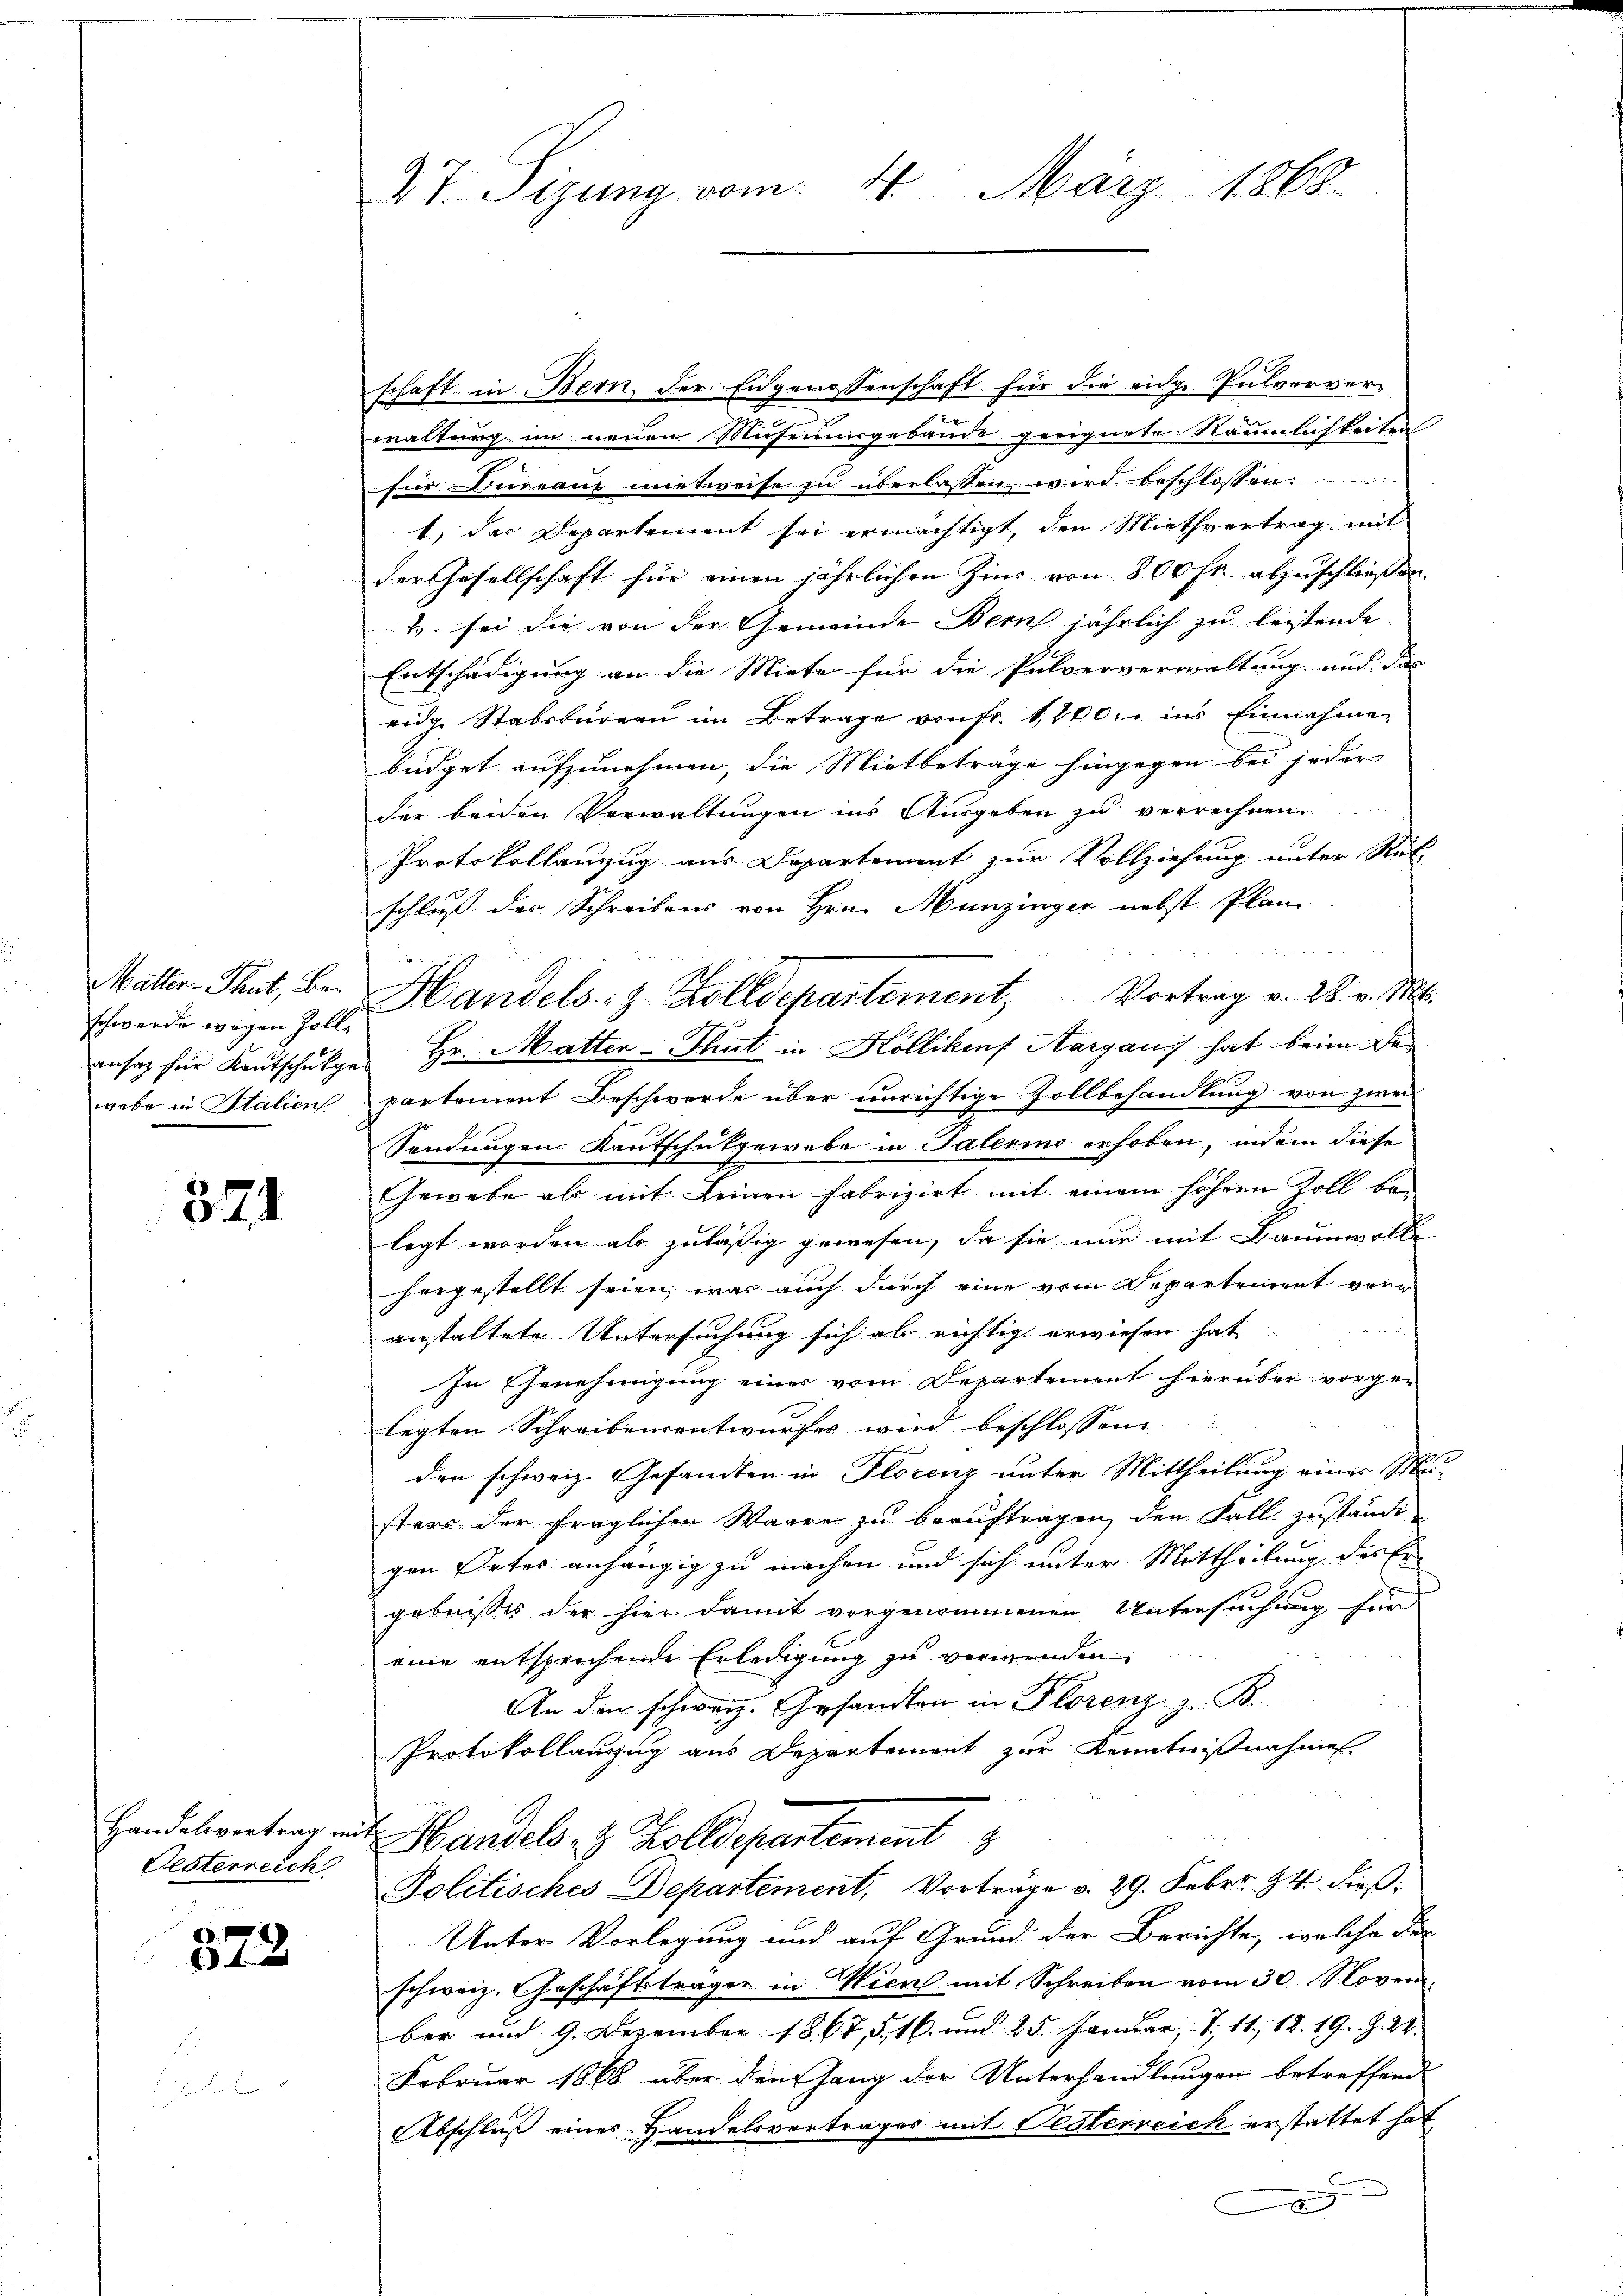
Matter-Thut, Beschwerde wegen Zollansaz für Kantschukgewebe in Statien

524

Handelsvertrag mit
Oesterreich

372

27. Sizung vom 4. März 1868.

schaft in Bern, der Eidgenossenschaft für die eidge Pulvorvere
waltung im neuen Museumsgebäude geeignete Räumlichkeiten
für Herauf mietweise zu überlassen wird beschlossen:
1.) Das Departement sei ermächtigt, den Miethvertrag mit
der Gesellschaft für einen jährlichen Zins von 800 Fr. abzuschließen.
u. sei die von der Gemeinde Bern jährlich zu leistende
Entschädigung an die Miete für die Pulververwaltung und die
eidg. Stabsbureau im Betrage von fr. 1200. ins Einnahmen
büdget aufzunehmen, die Mietbeträge hingegen bei jeder |
der beiden Verwaltungen ins Ausgeben zu verrechnen
Protokollanzug aus Departement zur Vollziehung unter Ret
schluß der Schreibens von Hrn. Munzinger nebst Plan
1
Handels- & Zolldepartement, Vortrag v. 28. v. Mts.
Hr. Matten-Thut in Köllikenf Aargauis hat beim Departement Beschwerde über unrichtige Zollbehandlung von zwei
Sendungen Kantschutgewebe in Talerino erhoben, indem diese
Gewebe als mit keinen fabrizirt mit einem höhern Zoll be-
legt worden als zuläßig gewesen, da sie nur mit Baumwolle.
horgestellt seien, was auch durch eine vom Departement vor
anstaltete Untersuchung sich als richtig erwiesen hat
In Genehmigung einer vom Departement hierüber vorgelegten Schreibensentwurfes wird beschlossene
den schweiz. Gesandten in Florenz unter Mittheilung einer Musters der fraglichen Waare zu beauftragen, den Fall zustände
gen Ortes anhängig zu machen und sich unter Mittheilung des Er
gebnisses der hier damit vorgenommenen Untersuchung für
eine entsprechende Erledigung zu verwenden.
An den schweiz. Gesandten in Florenz z. B.
Protokollanzug aus Departement zur Kenntnißnahmen
Handels- & Zolldepartement 8
Politisches Departement, Vorträge v. 29. Febrr. 94 dieß¬
Unter Vorlegung und auf Grund der Berichte, welche der
schweiz. Geschäftsträger in Wien mit Schreiben vom 30. Novem
ber und 9. Dezember 1867, 516 und 25. Januar d. 11, 12. 19. Z. 22.
Februar 1868 über dem Gang der Unterhandlungen betreffend
Abschluß eines Handelsvertrages mit Oesterreich erstattet hat
x